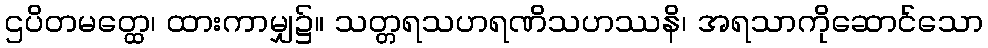
ဌပိတမတ္ထေ၊ ထားကာမျှ၌။ သတ္တရသဟရဏိသဟဿနိ၊ အရသာကိုဆောင်သော